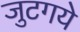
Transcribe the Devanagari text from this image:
जुटगये